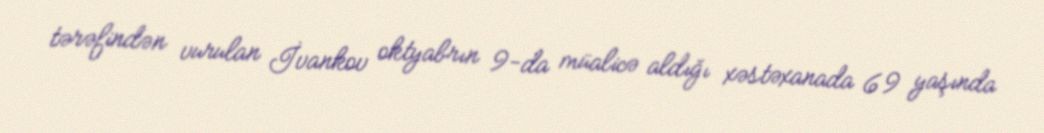
tərəfindən vurulan İvankov oktyabrın 9-da müalicə aldığı xəstəxanada 69 yaşında